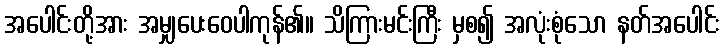
အပေါင်းတို့အား အမျှပေးဝေပါကုန်၏။ သိကြားမင်းကြီး မှစ၍ အလုံးစုံသော နတ်အပေါင်း